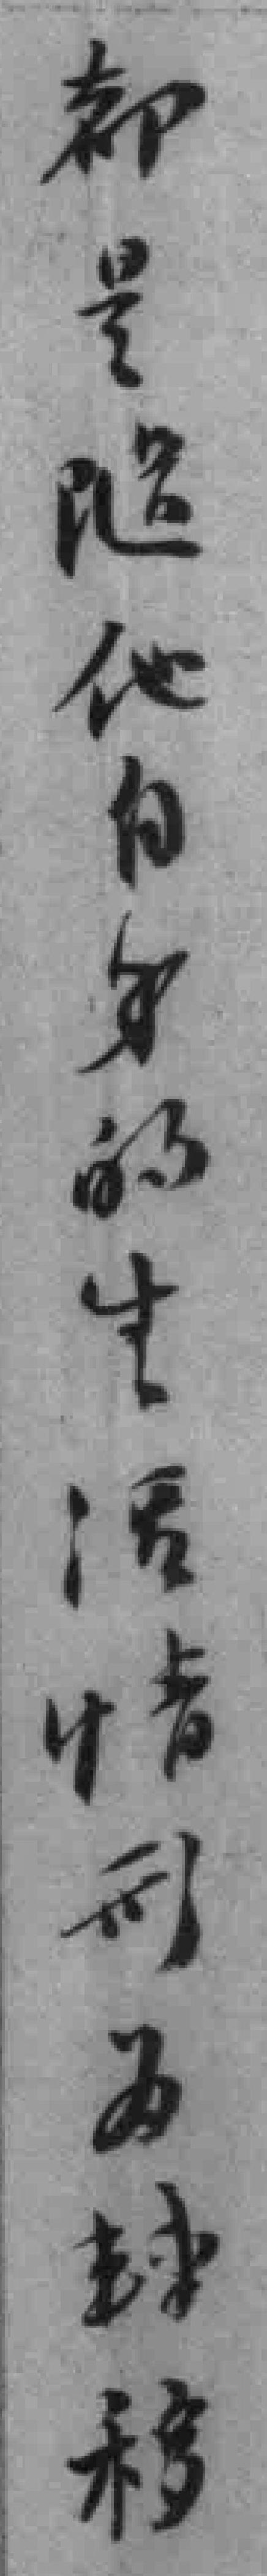
都是随他自身的生活情形为轉移